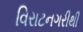
વિરાટનગરીથી